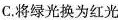
C.将绿光换为红光